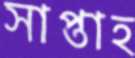
সাপ্তাহ